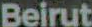
Beirut